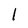
Character: 1